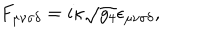
LaTeX: F _ { \mu \nu \sigma \delta } = i \kappa \sqrt { g _ { 4 } } \epsilon _ { \mu \nu \sigma \delta } ,